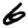
Digit: 6